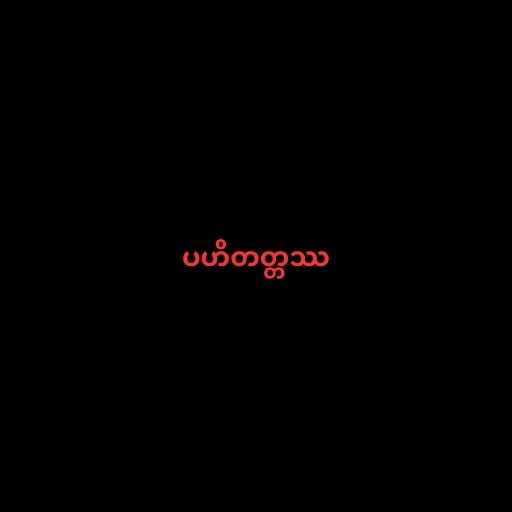
ပဟိတတ္တဿ